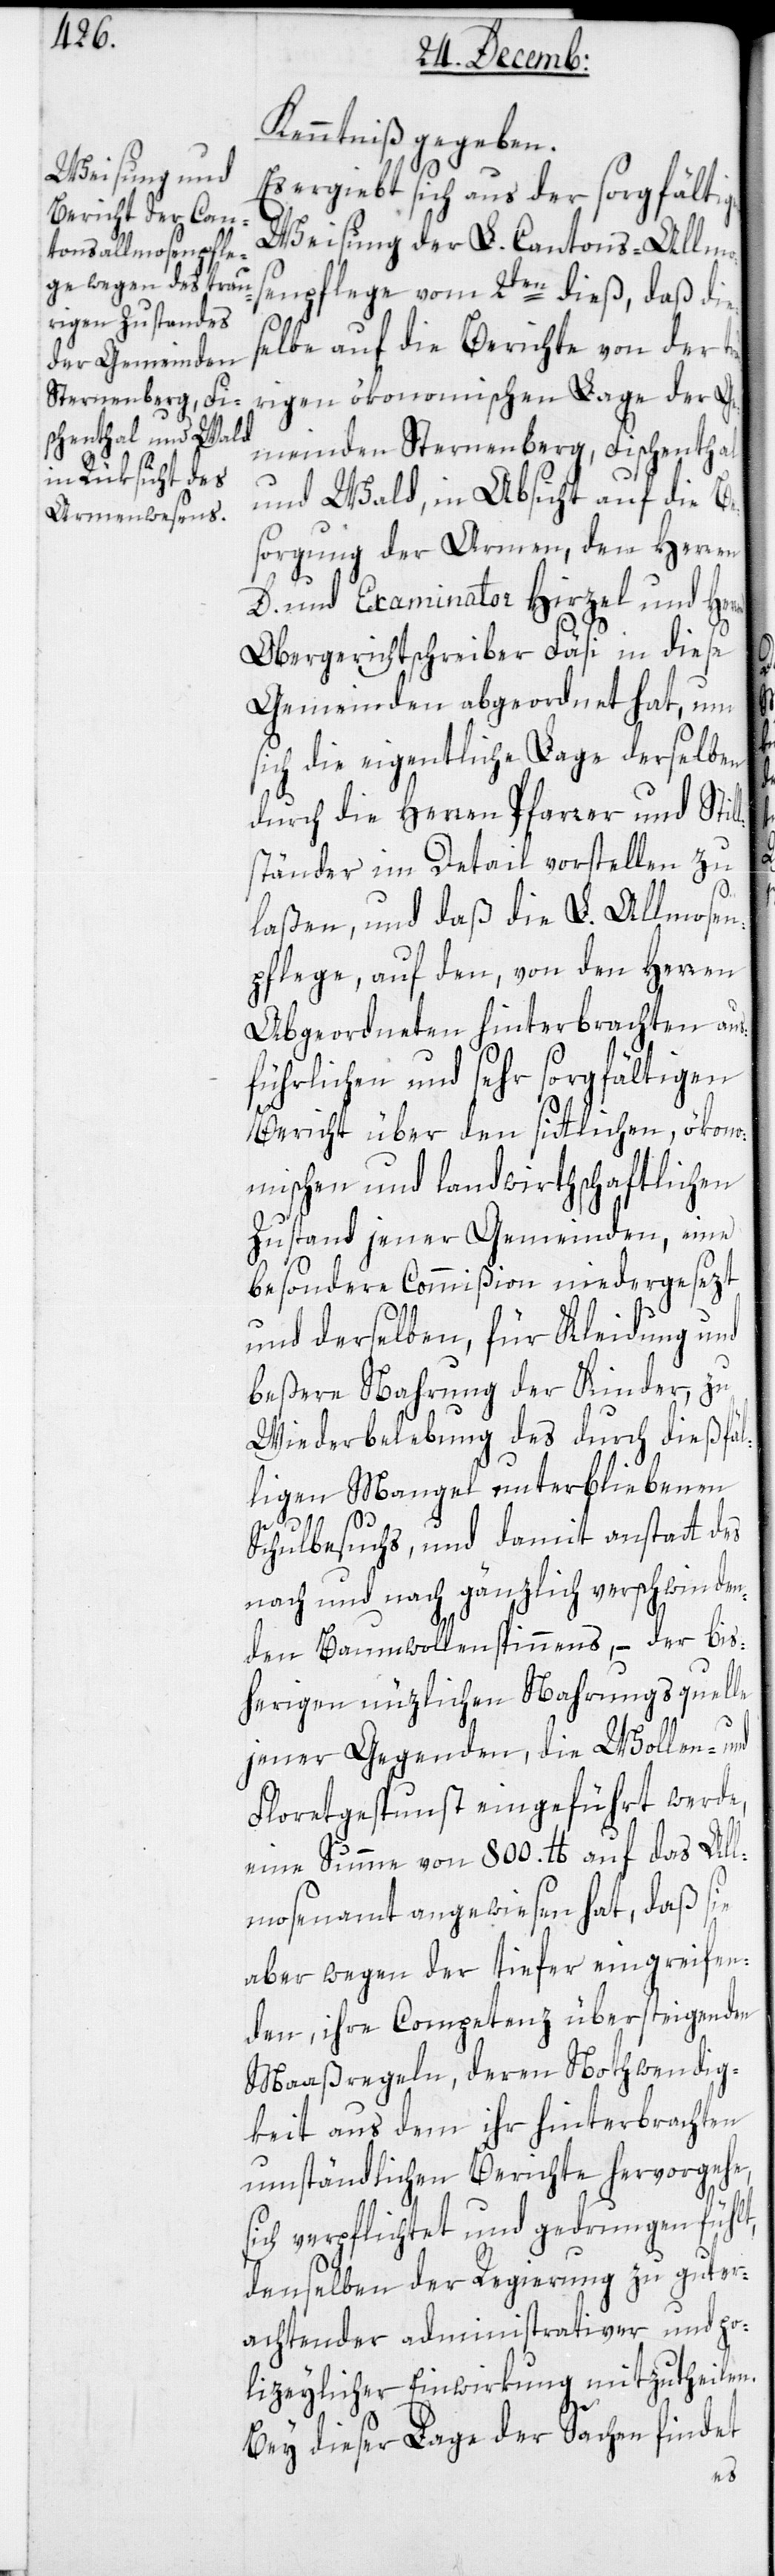
Kenntniß gegeben.
Es ergiebt sich aus der sorgfältigen
Weisung der L. Cantons-Allmos¬
enpflege vom 2ten dieß, daß die¬
selbe auf die Berichte von der tr¬
aurigen ökonomischen Lage der Ge¬
meinden Sternenberg, Fischenthal
und Wald, in Absicht auf die Be¬
sorgung der Armen, dem Herren
D. und Examinator Hirzel und Her¬
Obergerichtschreiber Fäsi in diese
Gemeinden abgeordnet hat, um
sich die eigentliche Lage derselben
durch die Herren Pfarrer und Stil¬
lständer im Detail vorstellen zu
laßen, und daß die L. Allmosen¬
pflege, auf den, von den Herren
Abgeordneten hinterbrachten au¬
sführlichen und sehr sorgfältigen
Bericht über den sittlichen, ökon¬
omischen und landwirthschaftlichen
Zustand jener Gemeinden, eine
besondere Commißion niedergesezt
und derselben, für Kleidung und
beßere Nahrung der Kinder, zu
Wiederbelebung des durch dießfäl¬
ligen Mangel unterbliebenen
Schulbesuchs, und damit anstatt des
nach und nach gänzlich verschwinden¬
den Baumwollenspinnens, – der bis¬
herigen nützlichen Nahrungsquelle
jener Gegenden, die Wollen- und
Floretgespunst eingeführt werde,
eine Summe von 800. lb. auf das All¬
mosenamt angewiesen hat, daß sie
aber wegen der tiefer eingreifen¬
den, ihre Competenz übersteigenden
Maaßregeln, deren Nothwendig¬
keit aus dem ihr hinterbrachten
umständlichen Berichte hervorgehe,
denselben der Regierung zu guter¬
achtender administrativer und po¬
lizeylicher Einwirkung mitzutheilen.
ren
Bei dieser Lage der Sachen findet